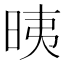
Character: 𣆰